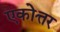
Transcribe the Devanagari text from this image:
एकोत्तर